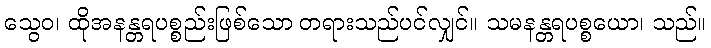
သွေဝ၊ ထိုအနန္တရပစ္စည်းဖြစ်သော တရားသည်ပင်လျှင်။ သမနန္တရပစ္စယော၊ သည်။